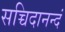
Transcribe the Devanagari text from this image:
सच्चिदानन्दं